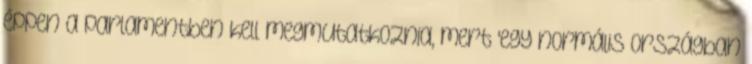
éppen a parlamentben kell megmutatkoznia, mert 'egy normális országban